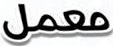
معمل